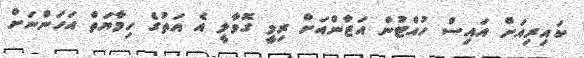
ކައިރިއަށް އައިސް ހުއްޓުން އަޒާންއަށް ރިމީ ގޮވާލީ އެ އަތުގެ ހިމާޔަތް އަހަންނަށް